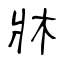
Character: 牀